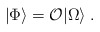
\begin{align*}|\Phi\rangle = {\cal O}|\Omega\rangle\; .\end{align*}